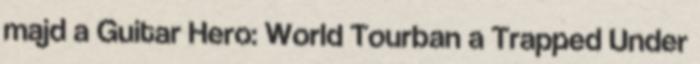
majd a Guitar Hero: World Tourban a Trapped Under